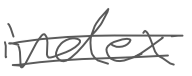
Text: index
Cross-out: double-line
Writing tool: digital_gray